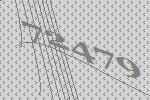
72479